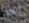
لك